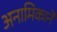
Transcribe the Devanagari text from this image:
अनामिकाने